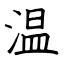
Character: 温